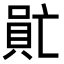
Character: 𠺯